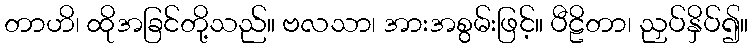
တာဟိ၊ ထိုအခြင်တို့သည်။ ဗလသာ၊ အားအစွမ်းဖြင့်။ ပီဠိတာ၊ ညှပ်နှိပ်၍။